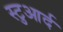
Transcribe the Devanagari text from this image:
स्टुआर्द